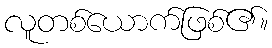
လူတစ်ယောက်ဖြစ်၏။